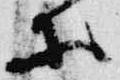
等